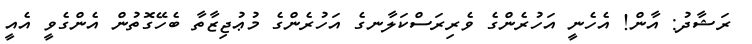
ރަޝާދު: އާން! އެހެނީ އަހުރެންގެ ވެރިރަސްކަލާނގެ އަހުރެންގެ މުޢުޖިޒާތާ ބެހޭގޮތުން އެންގެވީ އެއީ